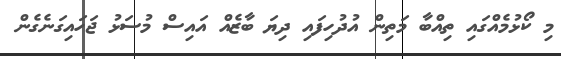
މި ކޯޅުމެއްގައި ތިއްބާ މަތިން އުދުހިފައި ދިޔަ ބާޒެއް އައިސް މުސަޅު ޖަހައިގަނެގެން